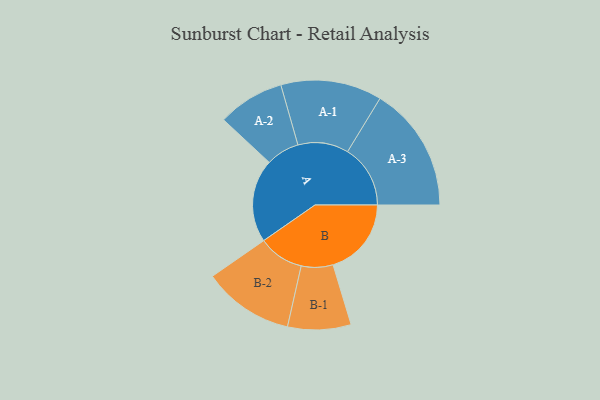
{"axis": {"x": "Segment", "y": "Value"}, "legend": ["", "A", "B"], "data": [{"x": "A", "y": 342, "type": ""}, {"x": "B", "y": 322, "type": ""}, {"x": "A-1", "y": 208, "type": "A"}, {"x": "A-2", "y": 137, "type": "A"}, {"x": "A-3", "y": 258, "type": "A"}, {"x": "B-1", "y": 130, "type": "B"}, {"x": "B-2", "y": 187, "type": "B"}]}